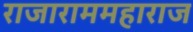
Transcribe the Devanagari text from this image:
राजाराममहाराज